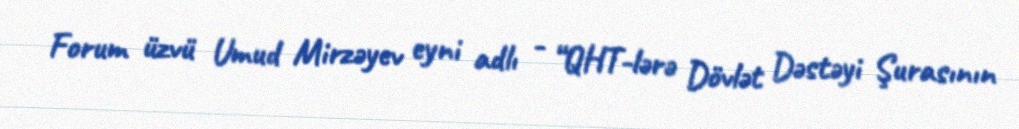
Forum üzvü Umud Mirzəyev eyni adlı - “QHT-lərə Dövlət Dəstəyi Şurasının